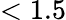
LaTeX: <1.5